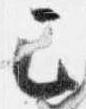
已